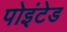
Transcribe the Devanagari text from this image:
पोइंटेड